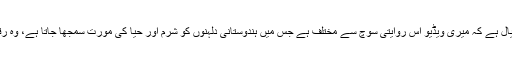
امیشا کہتی ہیں: 'میرا خیال ہے کہ میری ویڈیو اس روایتی سوچ سے مختلف ہے جس میں ہندوستانی دلہنوں کو شرم اور حیا کی مورت سمجھا جاتا ہے، وہ رقص نہیں کر سکتی ہے۔